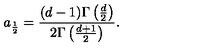
a _ { \frac 1 2 } = \frac { ( d - 1 ) \Gamma \left( \frac { d } 2 \right) } { 2 \Gamma \left( \frac { d + 1 } 2 \right) } .